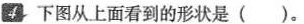
4下图从上面看到的形状是( )。